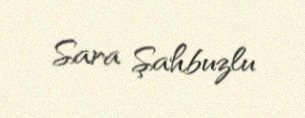
Sara Şahbuzlu